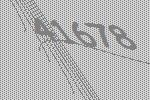
41678